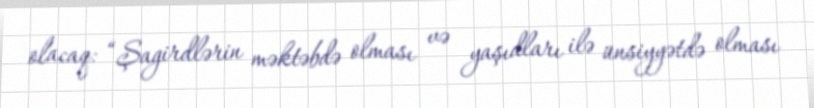
olacaq: “Şagirdlərin məktəbdə olması və yaşıdları ilə ünsiyyətdə olması